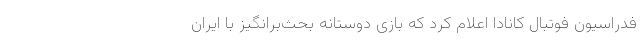
فدراسیون فوتبال کانادا اعلام کرد که بازی دوستانه بحث‌برانگیز با ایران